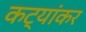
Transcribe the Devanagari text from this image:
कट्यांकर